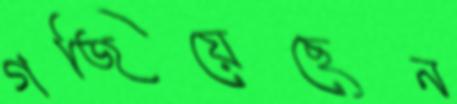
গজিয়েছেন